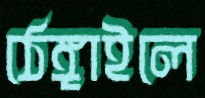
ঠেঙ্গাইলে